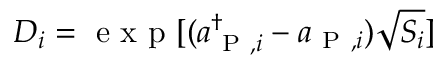
D _ { i } = \mathrm { ~ e ~ x ~ p ~ } [ ( a _ { \mathrm { ~ P ~ } , i } ^ { \dagger } - a _ { \mathrm { ~ P ~ } , i } ) \sqrt { S _ { i } } ]